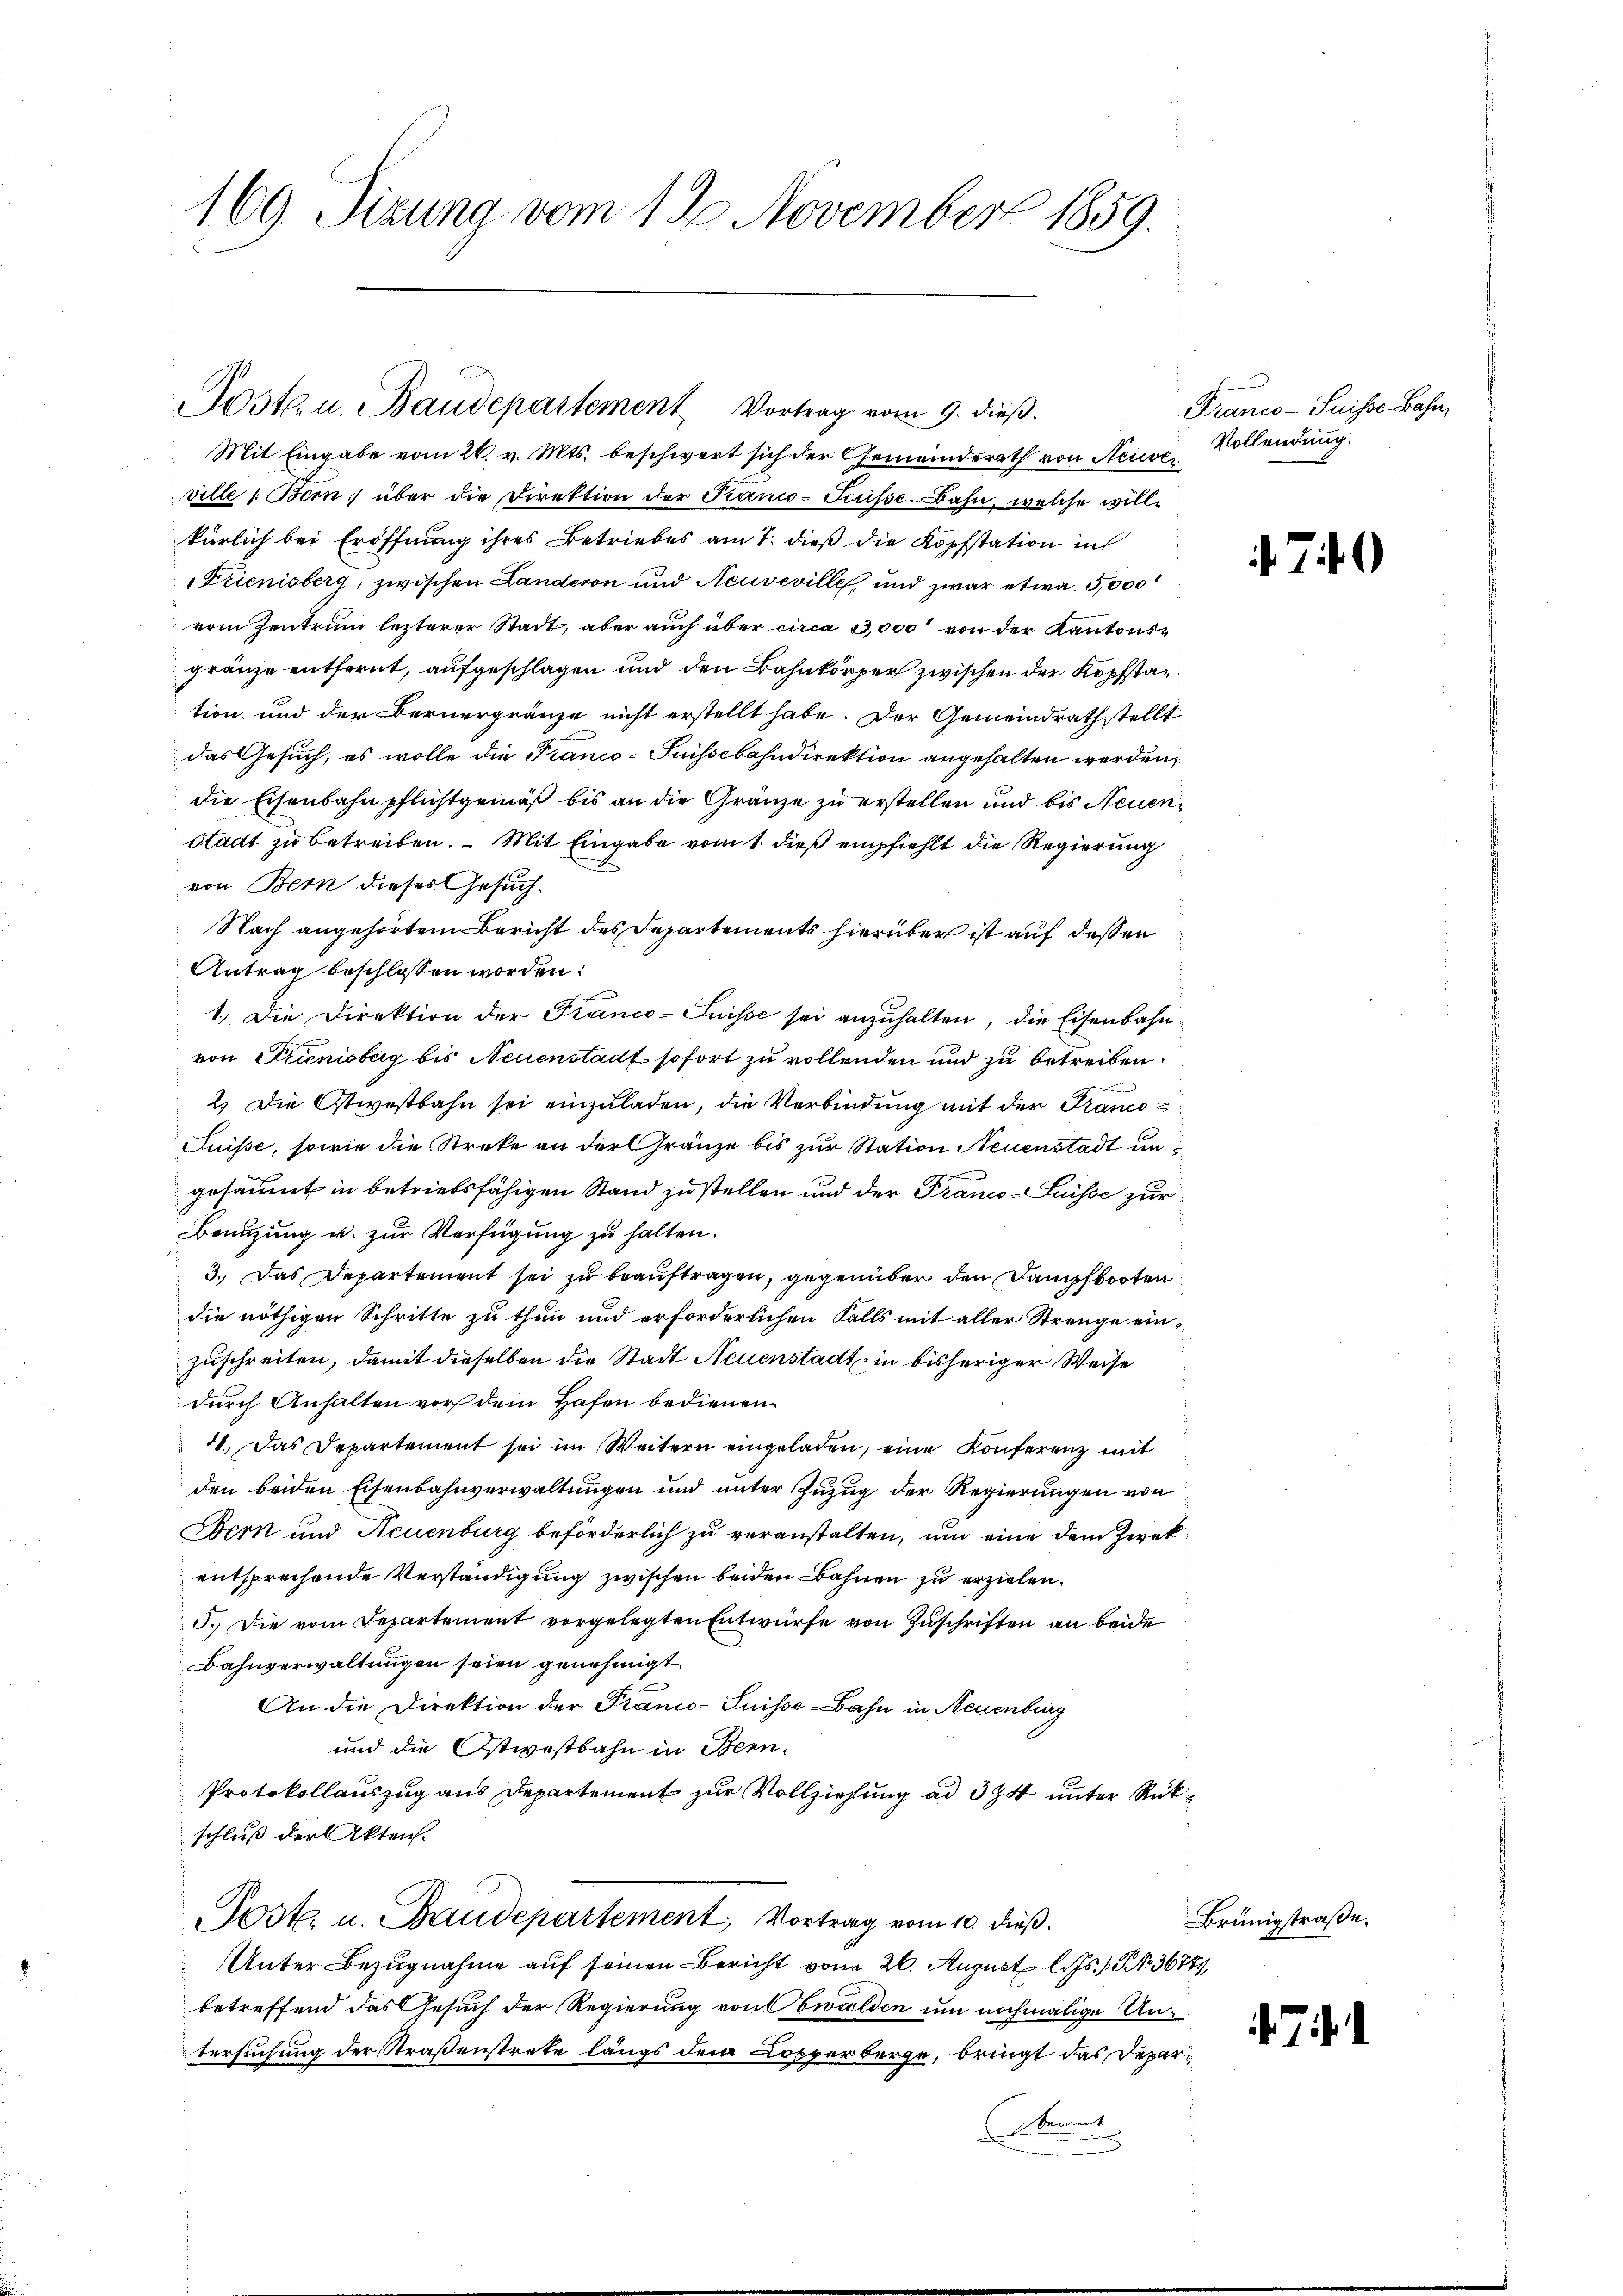
¬

169. Sizung vom 12. November 1859.

Post u. Baudepartement Vortrag vom 9. dieβ.

Mit Eingabe vom 26. v. Mts. beschwert sich der Gemeinderath von Neuse Vollendung.
ville 1. Bern; über die Direktion der Piano-Suisse-Bahn, welche willkürlich bei Eröffnung ihres Betriebes am 7. dieß die Kopfstation in
Frienisberg, zwischen Landeron und Neuveville, und zwar etwa 5,000
vom Zentrum lezterer Stadt, aber auch über circa 3,000 von der Kantonsgränze entfernt, aufgeschlagen und den Bahnkörper zwischen der Kopfstantion und der Bernergränze nicht erstellt habe. Der Gemeindrath stellt
das Gesuch, es wolle die Franco-Suissebahndirektion angehalten werden,
die Eisenbahn pflichtgemäß bis an die Gränze zu erstellen und bis Neuen¬
Stadt zu betreiben. – Mit Eingabe vom 1. dieß empfiehlt die Regierung
von Bern dieser Gesuch.
Nach angehörtem Bericht des Departements hierüber ist auf dessen
Antrag beschlossen worden.
1.) Die Direktion der Franco-Suisse sei anzuhalten, die Eisenbahn
von Trienisberg bis Neuenstadt sofort zu vollenden und zu betreiben.
e
2.) Die Ostwostbahn sei einzuladen, die Verbindung mit der Franco
Suisse, sowie die Streke an der Gränze bis zur Station Neuenstadt ungesäumt in betriebsfähigen Stand zu stellen und der Franco-Suisse zur
Beünzung u. zur Verfügung zu halten.
3. Das Departement sei zu beauftragen, gegenüber den Dampfbooten
die nöthigen Schritte zu thun und erforderlichen Falls mit aller Strenge einzuschreiten, damit dieselben die Stadt Neuenstadt in bisheriger Weise
durch Anhalten vor dem Hafen bedienen.
4. Das Departement sei im Weitern eingeladen, eine Konferenz mit
den beiden Eisenbahnverwaltungen und unter Zuzug der Regierungen von
Bern und Neuenburg beförderlich zu veranstalten, um eine dem Zweck
entsprechende Verständigung zwischen beiden Bahnen zu erzielen.
5.) Die vom Departement vorgelegten Entwürfe von Zuschriften an beide
Bahnverwaltungen seien genehmigt.
An die Direktion der Franco-Suisse-Bahn in Neuenburg
und die Ostwostbahn in Bern.
Protokollauszug aus Departement zur Vollziehung ad 374 unter Rückschluß der Akten.
Post. u. Baudepartement, Vortrag vom 10. dieß.
Unter Bezugnahme auf seinen Bericht vom 20. August l. Js. / NNo. 36789,
betreffend das Gesuch der Regierung von Ewalden um nochmalige Untersuchung der Straßenstreke längs dem Losperberge, bringt das Deparement

Franco-Suisse Bahn

74

Brünigstraße.